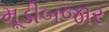
મૂડીબજાર